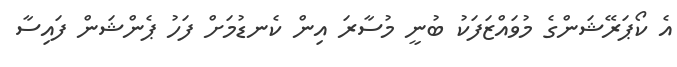
އެ ކޯޕަރޭޝަންގެ މުވައްޒަފަކު ބުނީ މުސާރަ އިން ކެނޑުމަށް ފަހު ޕެންޝަން ފައިސާ